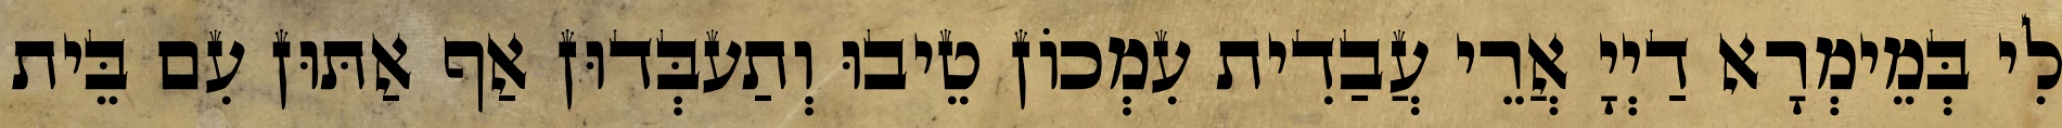
לִי בְּמֵימְרָא דַיְיָ אֲרֵי עֲבַדִית עִמְכוֹן טֵיבוּ וְתַעבְּדוּן אַף אַתּוּן עִם בֵּית